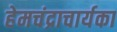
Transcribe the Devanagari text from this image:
हेमचंद्राचार्यका